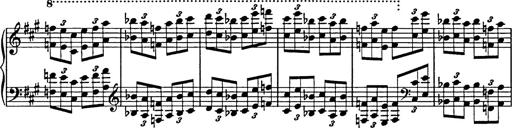
Title: Galop in A minor
Composer: Franz Liszt
Key: A minor